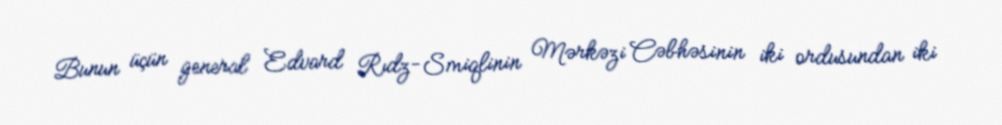
Bunun üçün general Edvard Rıdz-Smiqlinin Mərkəzi Cəbhəsinin iki ordusundan iki